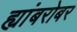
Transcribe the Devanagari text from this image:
ह्यांबरोबर